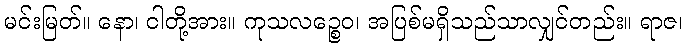
မင်းမြတ်။ နော၊ ငါတို့အား။ ကုသလဉ္စေဝ၊ အပြစ်မရှိသည်သာလျှင်တည်း။ ရာဇ၊